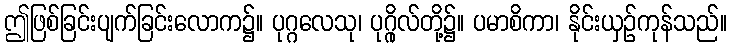
ဤဖြစ်ခြင်းပျက်ခြင်းလောက၌။ ပုဂ္ဂလေသု၊ ပုဂ္ဂိုလ်တို့၌။ ပမာစိကာ၊ နိုင်းယှဉ်ကုန်သည်။